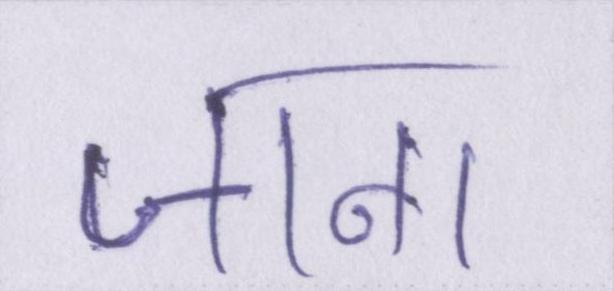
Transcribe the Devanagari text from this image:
जाना